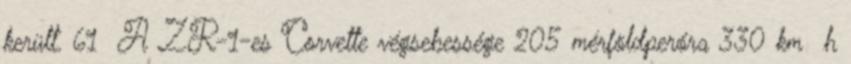
került. 61 A ZR-1-es Corvette végsebessége 205 mérföldperóra 330 km h